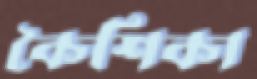
কৈশিকা